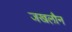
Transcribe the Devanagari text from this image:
जखलौन